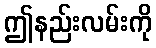
ဤနည်းလမ်းကို